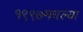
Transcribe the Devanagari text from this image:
१९९७मधल्या